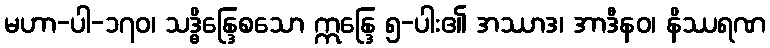
မဟာ-ပါ-၁၇၀၊ သဒ္ဓိန္ဒြေစသော ဣန္ဒြေ ၅-ပါး၏ အဿာဒ၊ အာဒီနဝ၊ နိဿရဏ